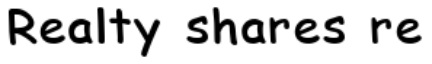
Realty shares re